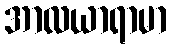
အာလယာရာမာ